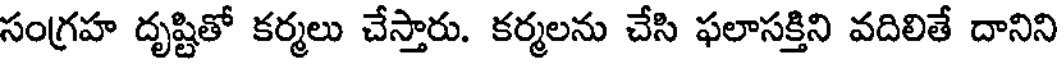
సంగ్రహ దృష్టితో కర్మలు చేస్తారు. కర్మలను చేసి ఫలాసక్తిని వదిలితే దానిని